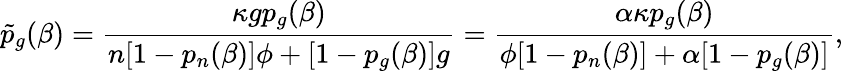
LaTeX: \tilde{p}_{g}(\beta)=\frac{\kappa gp_{g}(\beta)}{n[1-p_{n}(\beta)]\phi+[1-p_{g}(\beta)]g}=\frac{\alpha\kappa p_{g}(\beta)}{\phi[1-p_{n}(\beta)]+\alpha[1-p_{g}(\beta)]},